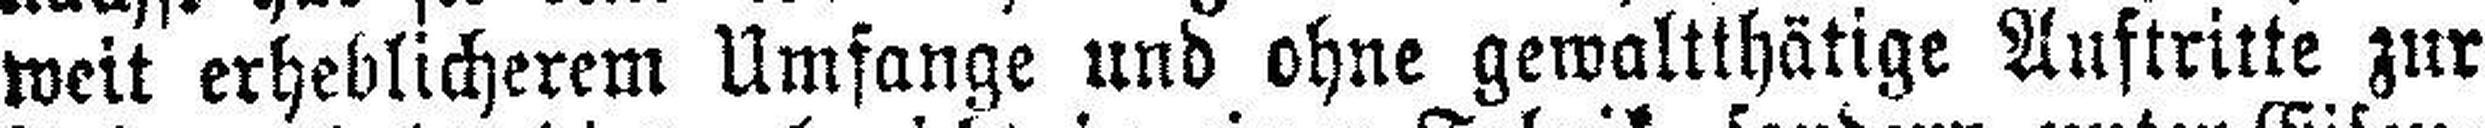
weit erheblicherem Umfange und ohne gewaltthätige Auftritte zur